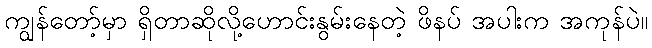
ကျွန်တော့်မှာ ရှိတာဆိုလို့ဟောင်းနွမ်းနေတဲ့ ဖိနပ် အပါးက အကုန်ပဲ။